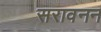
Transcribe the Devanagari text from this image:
सरावनन